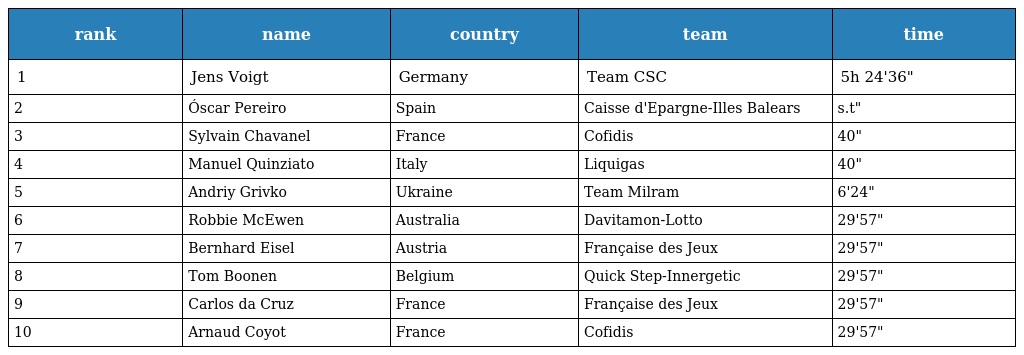
| rank | name | country | team | time |
 | --- | --- | --- | --- | --- |
 | 1 | Jens Voigt | Germany | Team CSC | 5h 24'36" |
 | 2 | Óscar Pereiro | Spain | Caisse d'Epargne-Illes Balears | s.t" |
 | 3 | Sylvain Chavanel | France | Cofidis | 40" |
 | 4 | Manuel Quinziato | Italy | Liquigas | 40" |
 | 5 | Andriy Grivko | Ukraine | Team Milram | 6'24" |
 | 6 | Robbie McEwen | Australia | Davitamon-Lotto | 29'57" |
 | 7 | Bernhard Eisel | Austria | Française des Jeux | 29'57" |
 | 8 | Tom Boonen | Belgium | Quick Step-Innergetic | 29'57" |
 | 9 | Carlos da Cruz | France | Française des Jeux | 29'57" |
 | 10 | Arnaud Coyot | France | Cofidis | 29'57" |